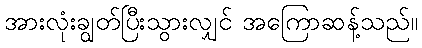
အားလုံးချွတ်ပြီးသွားလျှင် အကြောဆန့်သည်။